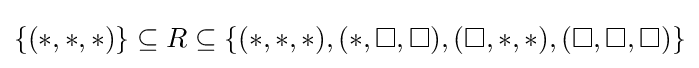
\{(*,*,*)\}\subseteq R\subseteq \{(*,*,*),(*,\square ,\square ),(\square ,*,*),(\square ,\square ,\square )\}